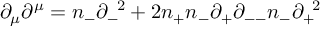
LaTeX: { \partial } _ { \mu } { \partial } ^ { \mu } = n _ { - } { \partial } _ { - } ^ { \; \; 2 } + 2 n _ { + } n _ { - } { \partial } _ { + } { \partial } _ { -- } n _ { - } { \partial } _ { + } ^ { \; \; 2 }